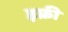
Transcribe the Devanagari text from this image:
इफ्री